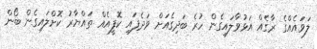
ލަވައެއްގެ ރާގެއް އަޅުވާލައިގެން ހުރެ ބަދިގެއަށް ވަދެފައި ކޮފީއެއް ތައްޔާރު ކޮށްލައިގެން ބޯން